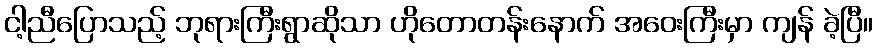
ငါ့ညီပြောသည့် ဘုရားကြီးရွာဆိုသာ ဟိုတောတန်းနောက် အဝေးကြီးမှာ ကျန် ခဲ့ပြီ။